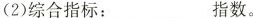
(2)综合指标：___指数。